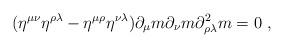
LaTeX: \begin{align*}(\eta^{\mu\nu} \eta^{\rho \lambda} - \eta^{\mu \rho} \eta^{\nu\lambda}) \partial_{\mu}m \partial_{\nu}m \partial^2_{\rho \lambda}m = 0\ ,\end{align*}